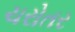
ચરોતર